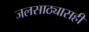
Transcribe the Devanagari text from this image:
जलसाठ्यासही